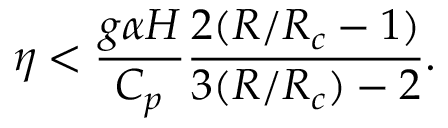
\eta < \frac { g \alpha H } { C _ { p } } { \frac { 2 ( R / R _ { c } - 1 ) } { 3 ( R / R _ { c } ) - 2 } } .